King Institute of Preventive Medicine Micro-Biological Section reports 1912-19
Year: 1912
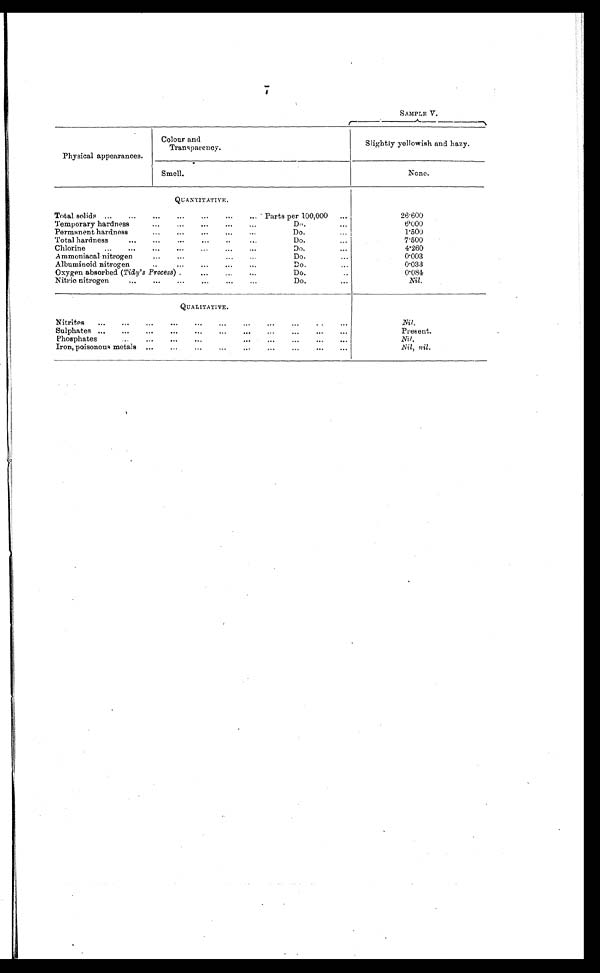
SAMPLE V.
Physical appearances.
Colour and
Transparency.
Slightly yellowish and hazy.
Smell.
None.
Q U A N T I T A T I V E .
T o t a l s o l i d s . . .
Parts per 100,000
. . .
26.600
Temporary hardness . . .
Do. . . .
6.000
Permanent hardness . . .
Do. . . .
1.500
Total hardness . . .
Do. . . .
7 . 5 0 0
Chlorine . . .
Do. . . .
4.260
Ammoniacal nitrogen . . .
Do. . . .
0.003
Albuminoid nitrogen . . .
Do. . . .
0.033
Oxygen absorbed (Tidy's Process) . . . .
Do. . . .
0.084
Nitric nitrogen . . .
Do. . . .
Nil.
QUALITATIVE.
Nitrites . . .
N i l
.
Sulphates . . .
Present.
Phosphates . . .
Nil .
Iron, poisonous metals
Nil, nil .